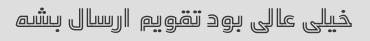
خیلی عالی بود تقویم  ارسال بشه